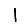
Digit: 1